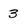
Character: 3